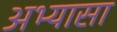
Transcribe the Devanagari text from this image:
अभ्यासा